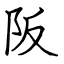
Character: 阪